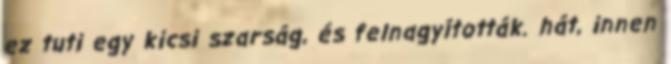
ez tuti egy kicsi szarság, és felnagyították. hát, innen